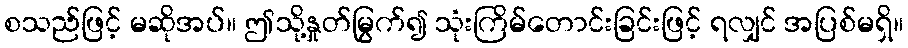
စသည်ဖြင့် မဆိုအပ်။ ဤသို့နှုတ်မြွက်၍ သုံးကြိမ်တောင်းခြင်းဖြင့် ရလျှင် အပြစ်မရှိ။